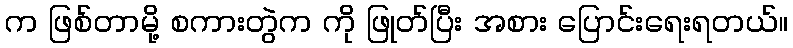
က ဖြစ်တာမို့ စကားတွဲက ကို ဖြုတ်ပြီး အစား ပြောင်းရေးရတယ်။